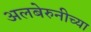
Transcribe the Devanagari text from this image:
अलबेरुनीच्या